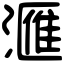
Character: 𣾀